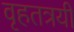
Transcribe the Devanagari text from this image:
वृहतत्रयी